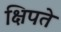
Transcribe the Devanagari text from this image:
क्षिपते